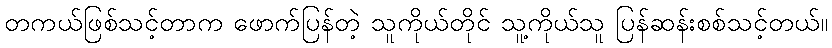
တကယ်ဖြစ်သင့်တာက ဖောက်ပြန်တဲ့ သူကိုယ်တိုင် သူ့ကိုယ်သူ ပြန်ဆန်းစစ်သင့်တယ်။